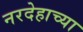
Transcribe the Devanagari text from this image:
नरदेहाच्या